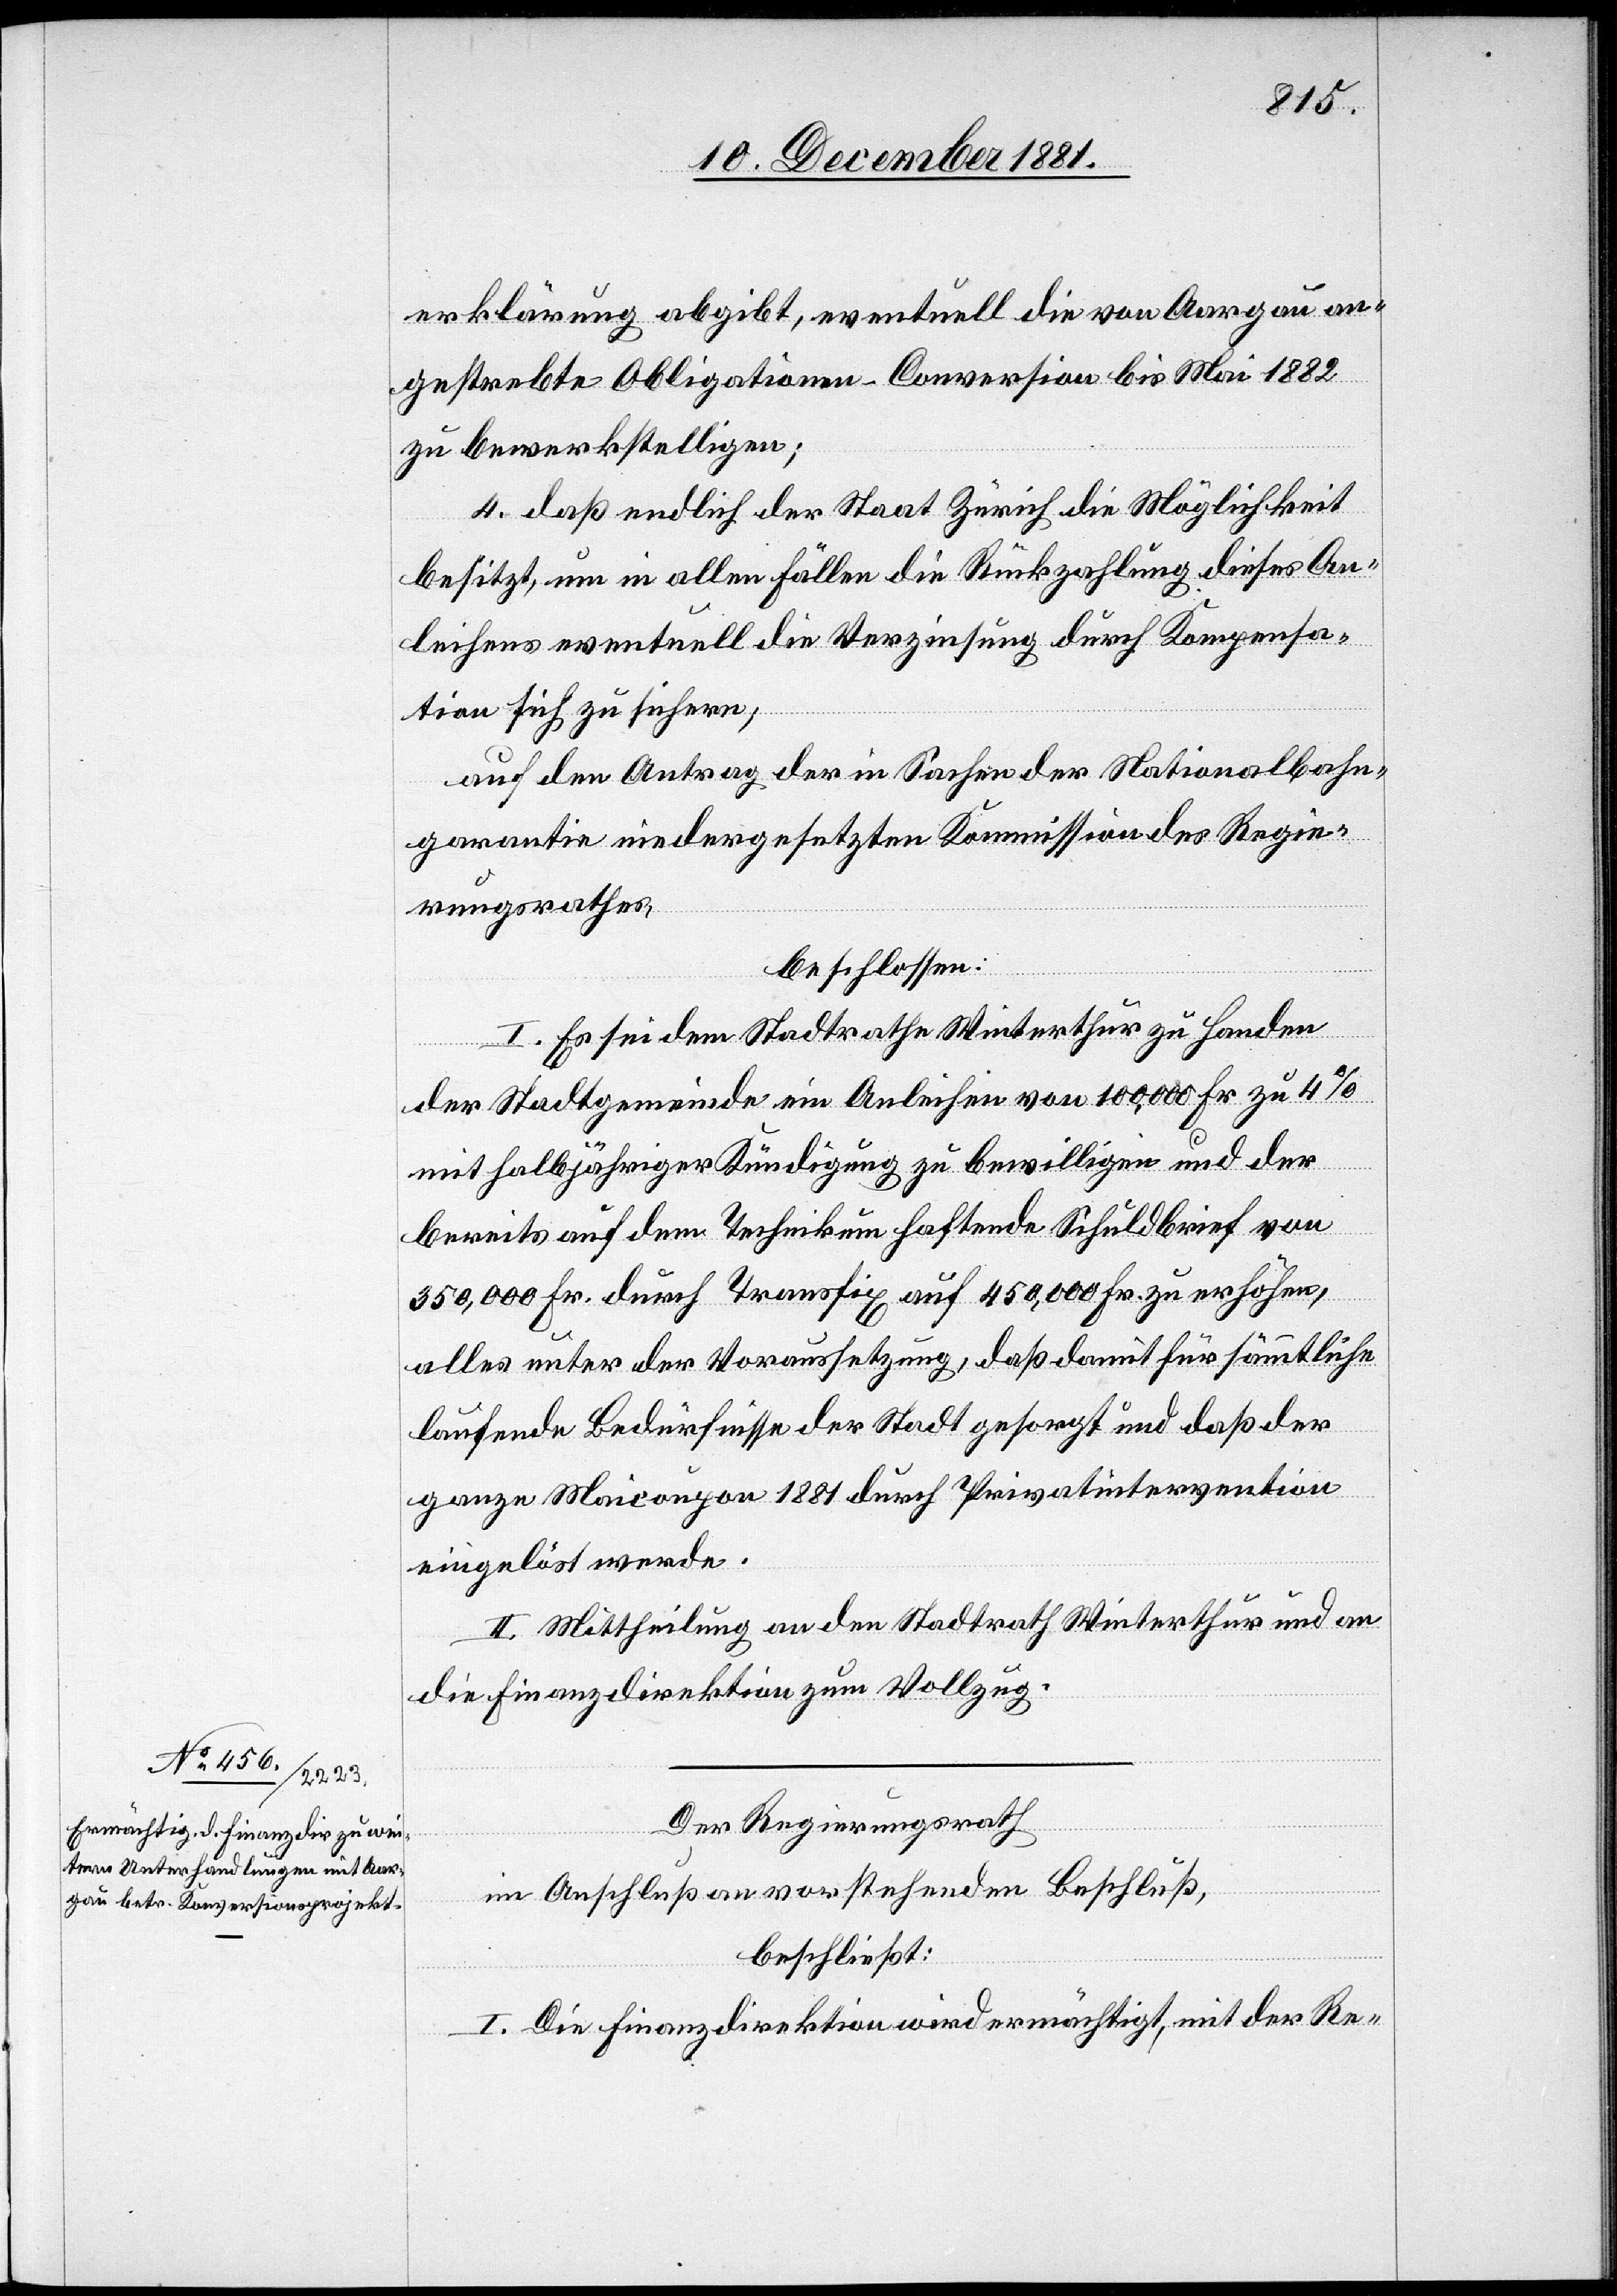
erklärung abgibt, eventuell die von Aargau an¬
gestrebte Obligationen-Conversion bis Mai 1882
zu bewerkstelligen;
4. daß endlich der Staat Zürich die Möglichkeit
besitzt, um in allen Fällen die Rückzahlung dieses An¬
leihens eventuell die Verzinsung durch Kompensa¬
tion sich zu sichern;
auf den Antrag der in Sachen der Nationalbahn¬
garantie niedergesetzten Kommission des Regie¬
rungsrathes,
beschlossen:
I. Es sei dem Stadtrathe Winterthur zu Handen
der Stadtgemeinde ein Anleihen von 100,000 Fr zu 4%
mit halbjähriger Kündigung zu bewilligen und der
bereits auf dem Technikum haftende Schuldbrief von
350,000 Fr. durch Transfix auf 450,000 Fr. zu erhöhen,
alles unter der Voraussetzung, daß damit für sämmtliche
laufende Bedürfnisse der Stadt gesorgt und daß der
ganze Maicoupon 1881 durch Privatintervention
eingelöst werde.
II. Mittheilung an den Stadtrath Winterthur und an
die Finanzdirektion zum Vollzug.
Der Regierungsrath[,]
im Anschluß an vorstehenden Beschluß,
beschließt:
I. Die Finanzdirektion wird ermächtigt, mit der Re-